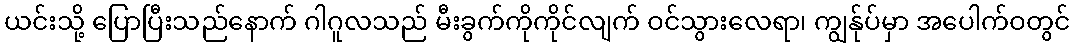
ယင်းသို့ ပြောပြီးသည်နောက် ဂါဂူလသည် မီးခွက်ကိုကိုင်လျက် ဝင်သွားလေရာ၊ ကျွန်ုပ်မှာ အပေါက်ဝတွင်